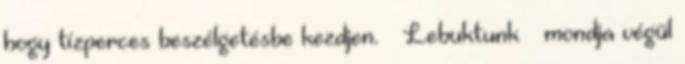
hogy tízperces beszélgetésbe kezdjen. – Lebuktunk – mondja végül